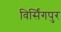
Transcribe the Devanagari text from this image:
विर्सिंगपुर